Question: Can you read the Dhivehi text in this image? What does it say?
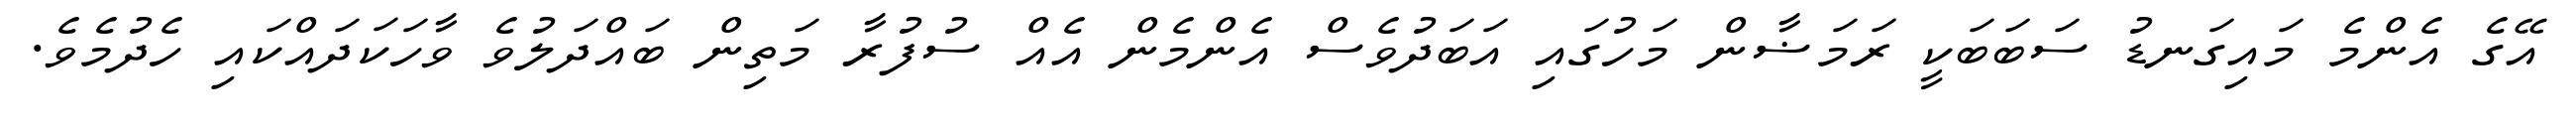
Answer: އޭގެ އެންމެ މައިގަނޑު ސަބަބަކީ ރަމަޟާން މަހުގައި އަބަދުވެސް އެންމެން އެއް ސުފުރާ މަތިން ބައްދަލުވެ ވާހަކަދައްކައި ހެދުމެވެ.